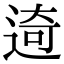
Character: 𨓾